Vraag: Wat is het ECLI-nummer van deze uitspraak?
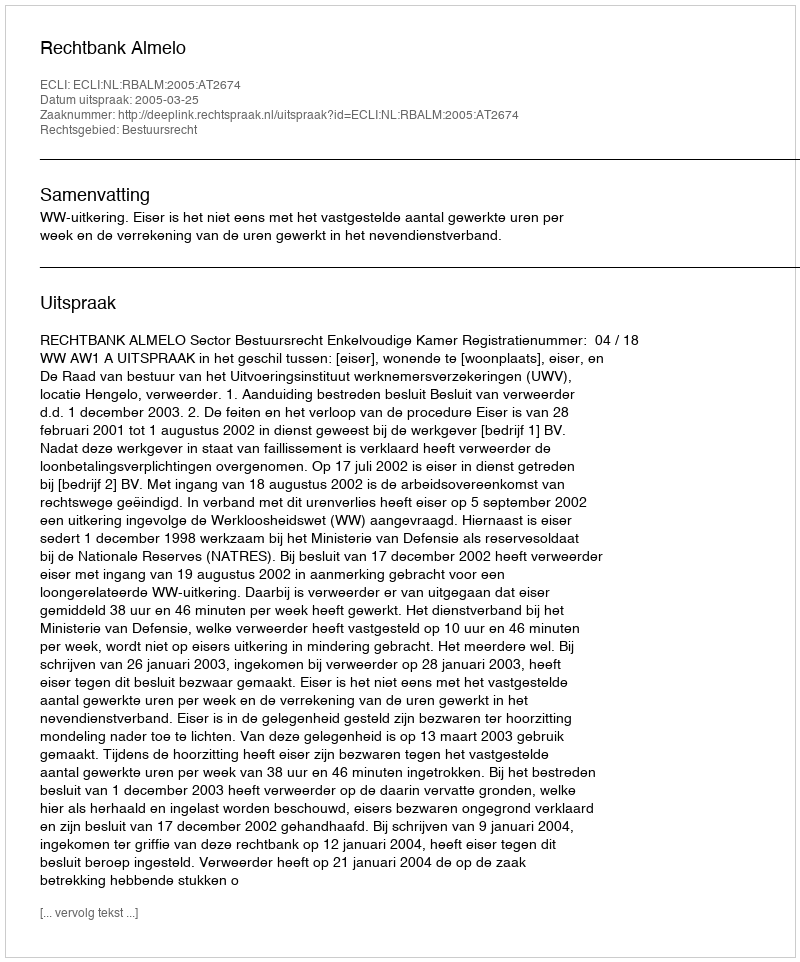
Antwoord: ECLI:NL:RBALM:2005:AT2674